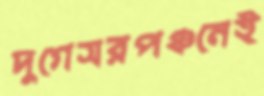
দুগেসরপঞ্চনেই